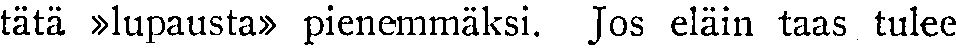
tätä »lupausta» pienemmäksi. Jos eläin taas tulee